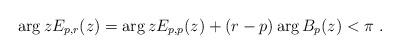
\begin{align*}\arg zE_{p,r}(z) = \arg zE_{p,p}(z)+ (r-p) \arg B_p(z) <\pi\ .\end{align*}